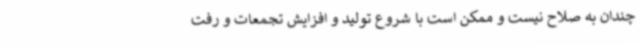
چندان به صلاح نیست و ممکن است با شروع تولید و افزایش تجمعات و رفت